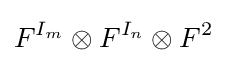
F^{I_{m}}\otimes F^{I_{n}}\otimes F^{2}